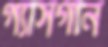
গ্যাসগান